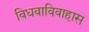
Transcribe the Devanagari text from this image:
विधवाविवाहास